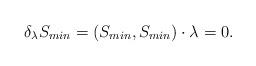
LaTeX: \begin{align*}\delta_{\lambda} S_{min} = ( S_{min} , S_{min} ) \cdot \lambda = 0.\end{align*}